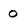
Character: 0